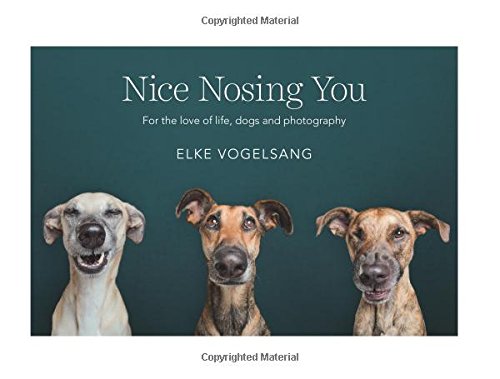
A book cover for Nice Nosing You: For the Love of Life, Dogs and Photography; Elke Vogelsang; Arts & Photography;